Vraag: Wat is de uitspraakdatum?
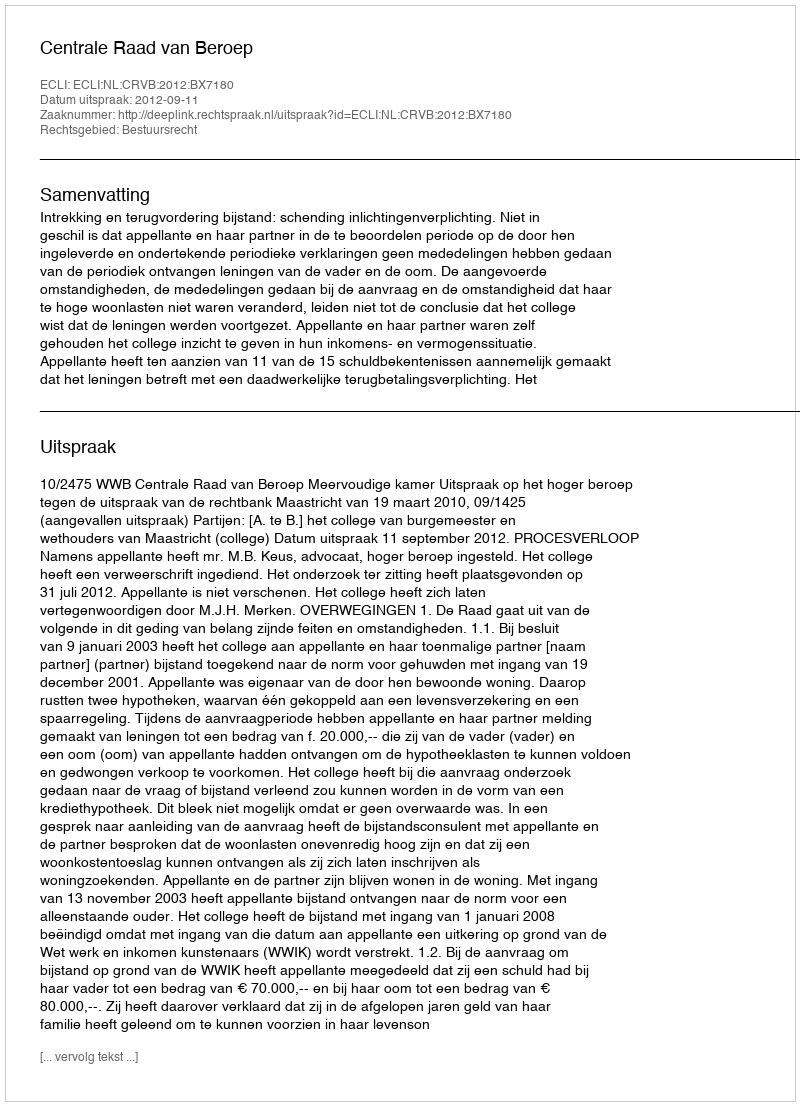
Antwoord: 2012-09-11